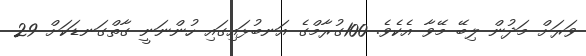
ވަރަށް މަދުން ލިބޭ މޭވާ އެކެވެ. 100ގުރާމްގެ އަނބުޅައިގައި ހުންނަނީ ގާތްގަނޑަކަށް 29